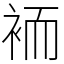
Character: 袻